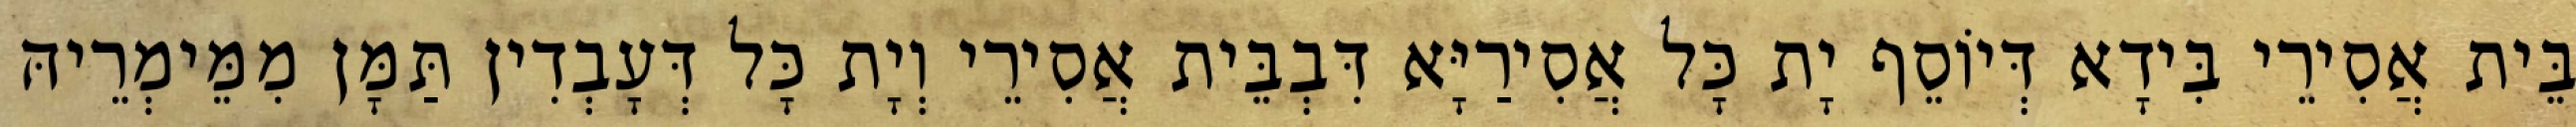
בֵּית אֲסִירֵי בִּידָא דְּיוֹסֵף יָת כָּל אֲסִירַיָּא דִּבְבֵּית אֲסִירֵי וְיָת כָּל דְּעָבְדִין תַּמָּן מִמֵּימְרֵיהּ